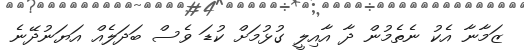
ޒަމާނާ އެކު ނެތެމުން ދާ އާއިލީ ގުޅުމަށް ކުޑަ ވެސް ބަދަލެއް އަޔަނުދޭނެ